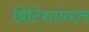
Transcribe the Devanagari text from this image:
ब्रिटिशांबद्दल